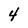
Character: 4